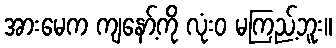
အားမေက ကျနော့်ကို လုံးဝ မကြည့်ဘူး။